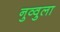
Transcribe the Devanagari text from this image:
नुव्वुला